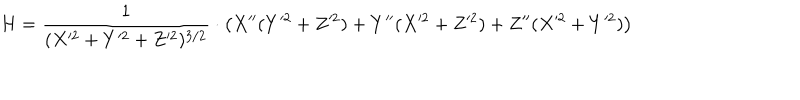
LaTeX: H = \frac { 1 } { ( X ^ { 2 } + Y ^ { 2 } + Z ^ { 2 } ) ^ { 3 / 2 } } \cdot \left( X ^ { \prime \prime } ( Y ^ { 2 } + Z ^ { 2 } ) + Y ^ { \prime \prime } ( X ^ { 2 } + Z ^ { 2 } ) + Z ^ { \prime \prime } ( X ^ { 2 } + Y ^ { 2 } ) \right)